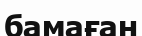
бамаған